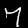
Digit: 7